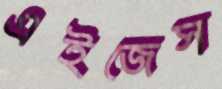
এইজেস